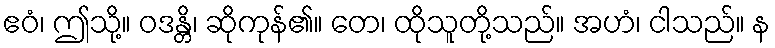
ဧဝံ၊ ဤသို့။ ဝဒန္တိ၊ ဆိုကုန်၏။ တေ၊ ထိုသူတို့သည်။ အဟံ၊ ငါသည်။ န